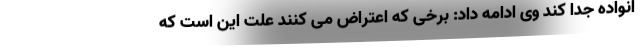
انواده جدا کند وی ادامه داد: برخی که اعتراض می کنند علت این است که